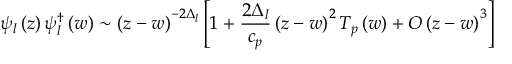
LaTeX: \psi _ { l } \left( z \right) \psi _ { l } ^ { \dagger } \left( w \right) \sim \left( z - w \right) ^ { - 2 \Delta _ { l } } \left[ 1 + \frac { 2 \Delta _ { l } } { c _ { p } } \left( z - w \right) ^ { 2 } T _ { p } \left( w \right) + O \left( z - w \right) ^ { 3 } \right]